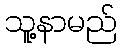
သူ့နာမည်